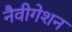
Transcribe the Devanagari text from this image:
नैवीगेशन